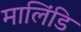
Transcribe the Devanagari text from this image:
मालिंडि